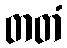
တတံ